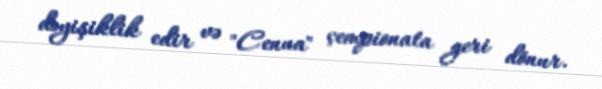
dəyişiklik edir və "Cenua" çempionata geri dönur.